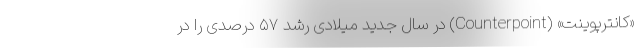
«کانترپوینت» (Counterpoint) در سال جدید میلادی رشد ۵۷ درصدی را در